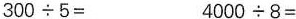
$$300\div 5=$$ $$4000\div 8=$$